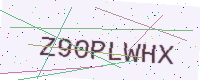
Text: Z90PLWHX